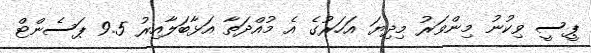
ޕީސީ ވިކުނު މިންވަރު މިދިޔަ އަހަރުގެ އެ މުއްދަތާ އަޅާބަލާއިރު 9.5 ޕަސެންޓް